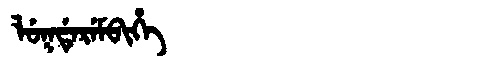
Manchu: ᠯᡠᡴᡩᡝᡵᡝᠮᠪᡳᡥᡝ
Romanization: LUKDEREMBIHE